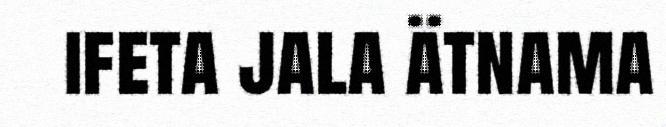
ifeta jala ätnama